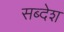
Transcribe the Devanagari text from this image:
सब्देश